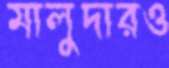
মালুদারও